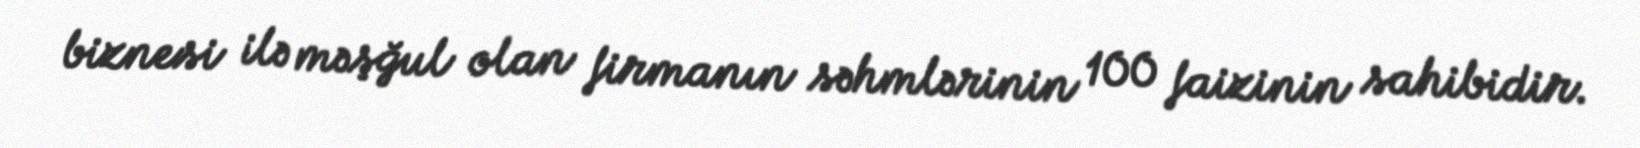
biznesi ilə məşğul olan firmanın səhmlərinin 100 faizinin sahibidir.